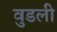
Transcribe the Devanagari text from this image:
वुडली